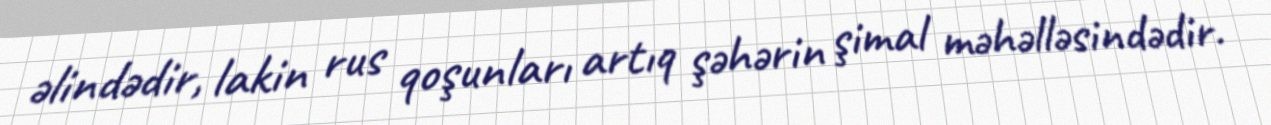
əlindədir, lakin rus qoşunları artıq şəhərin şimal məhəlləsindədir.